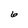
Character: 6